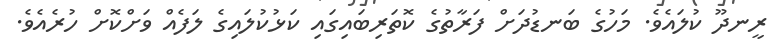
ރީނދޫ ކުލައެވެ. މަހުގެ ބަނޑުދަށް ފަރާތުގެ ކޮތަރިބައިގައި ކަޅުކުލައިގެ ލަފެއް ވަށްކޮށް ހުރެއެވެ.